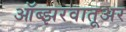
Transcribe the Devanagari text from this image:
ऑब्झरवातूअर